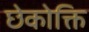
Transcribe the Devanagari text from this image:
छेकोक्ति